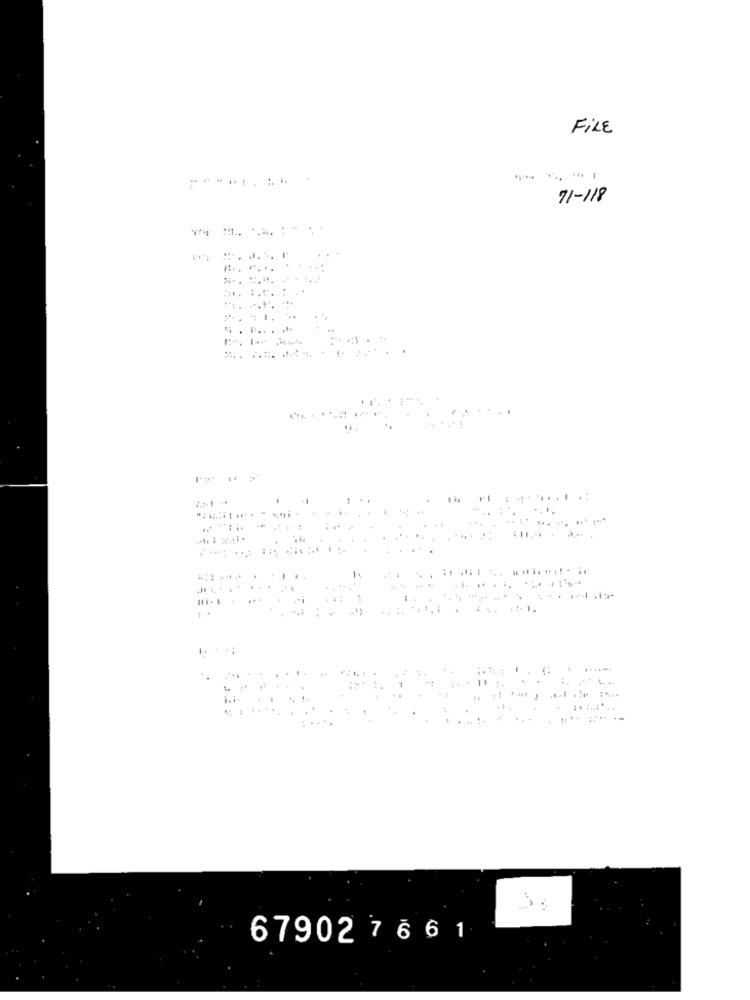
FILE
71-118
. .
.......
67902 7 6 6 1